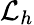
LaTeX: {\mathcal{L}}_{h}